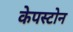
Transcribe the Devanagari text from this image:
केपस्टोन